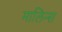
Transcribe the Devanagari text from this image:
मालिन्स